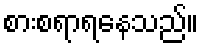
စားစရာရနေသည်။